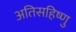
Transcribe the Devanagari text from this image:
अतिसहिष्णु